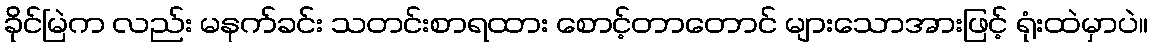
ခိုင်မြဲက လည်း မနက်ခင်း သတင်းစာရထား စောင့်တာတောင် များသောအားဖြင့် ရုံးထဲမှာပဲ။